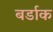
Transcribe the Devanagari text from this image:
बर्डाक